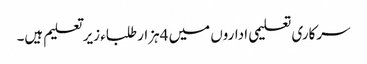
سرکاری تعلیمی اداروں میں 4ہزار طلباء زیر تعلیم ہیں۔